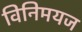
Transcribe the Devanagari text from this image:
विनिमयज